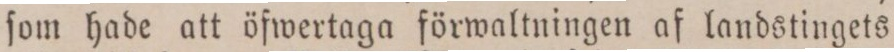
ſom hade att öfwertaga förwaltningen af landstingets